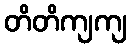
တိတိကျကျ